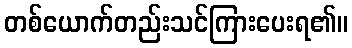
တစ်ယောက်တည်းသင်ကြားပေးရ၏။